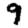
Digit: 9